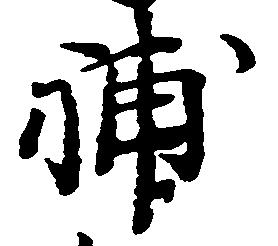
補